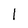
Character: 1